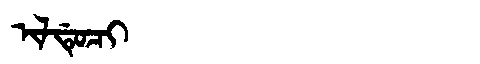
Manchu: ᡳᠯᡩᡠᠴᡳ
Romanization: ILDUCI